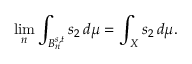
\operatorname* { l i m } _ { n } \int _ { B _ { n } ^ { s , t } } s _ { 2 } \, d \mu = \int _ { X } s _ { 2 } \, d \mu .